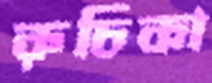
রুচিকা